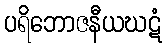
ပရိဘောဇနီယဃဋံ